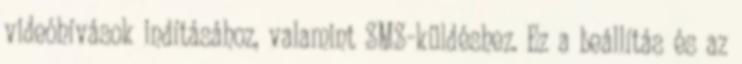
videóhívások indításához, valamint SMS-küldéshez. Ez a beállítás és az